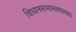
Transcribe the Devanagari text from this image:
विधानसभामतदारसंघ